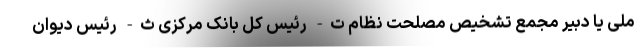
ملی یا دبیر مجمع تشخیص مصلحت نظام ت- رئیس کل بانک مرکزی ث- رئیس دیوان